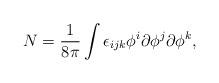
LaTeX: \begin{align*}N = \frac {1}{8\pi} \int \epsilon_{ijk} \phi^{i} \partial\phi^{j} \partial \phi^{k},\end{align*}